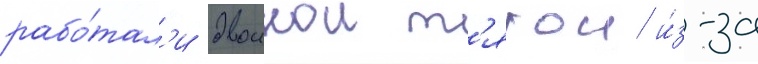
рабо́тал'и двоинои т'ягои и́з-за